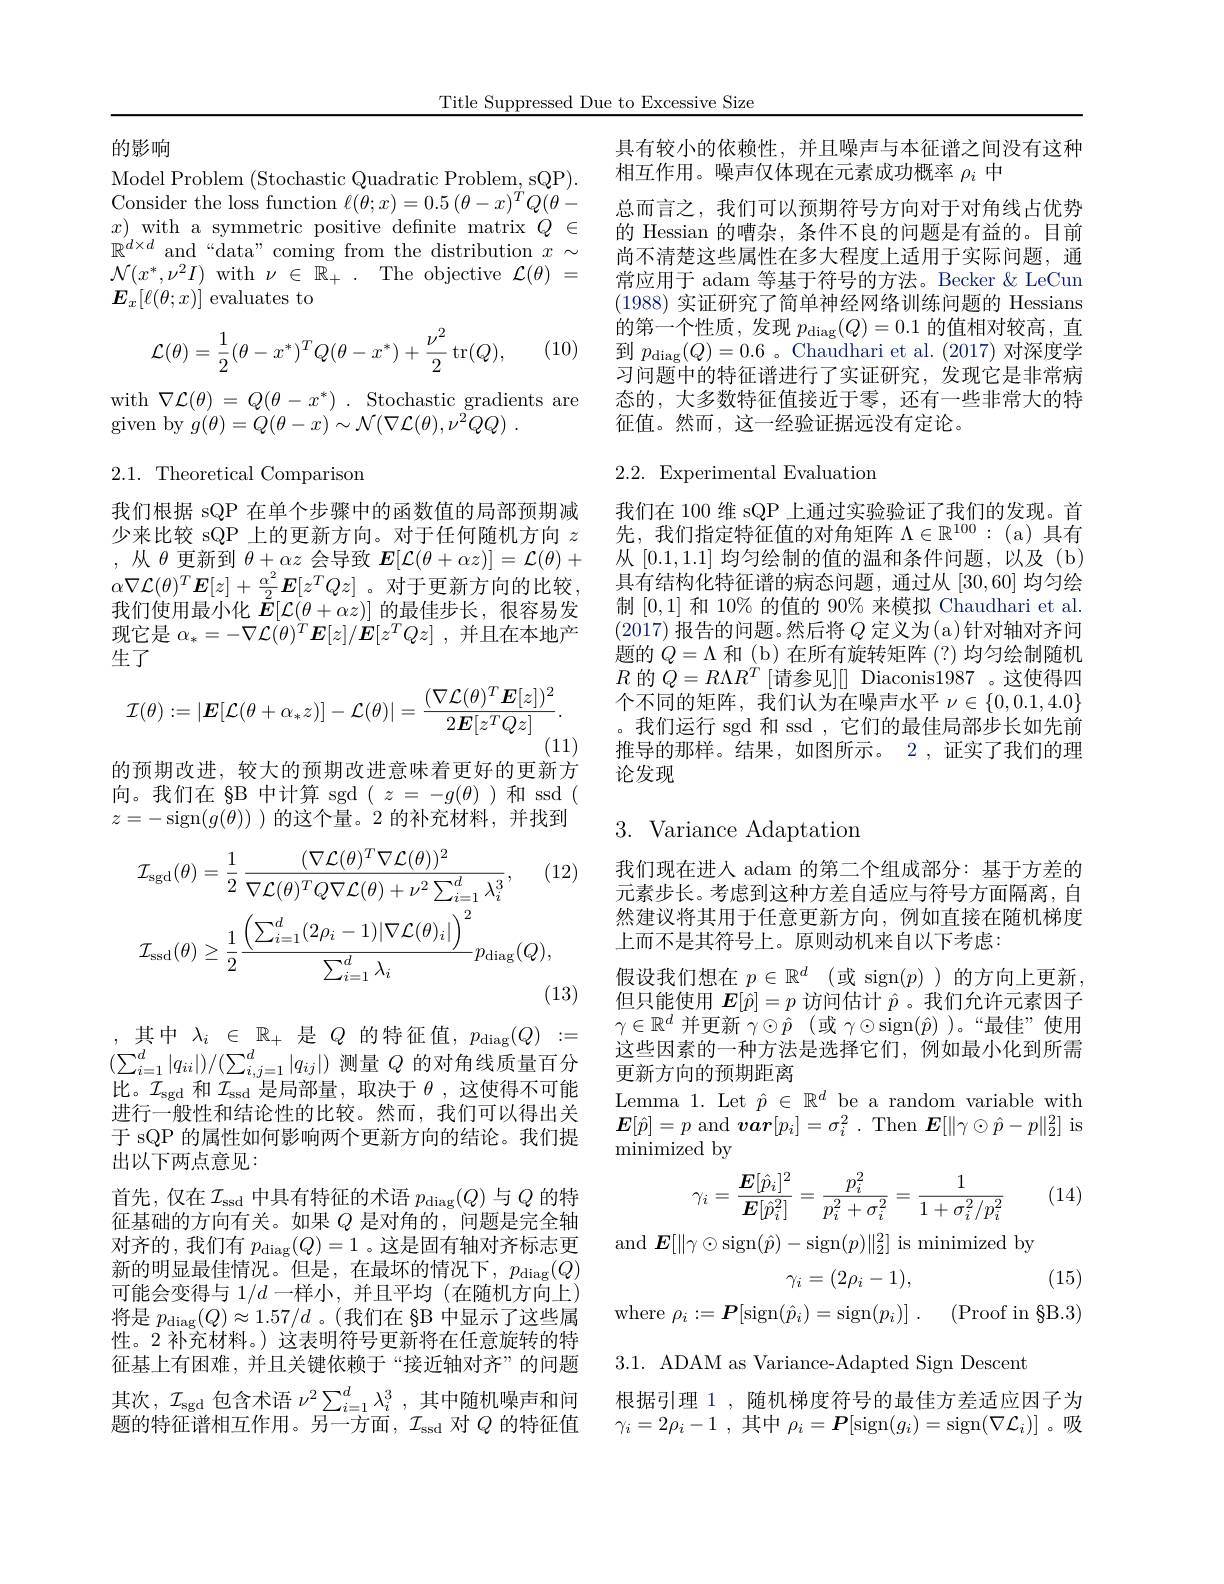
Title Suppressed Due to Excessive Size

的影响

Model Problem (Stochastic Quadratic Problem, sQP). Consider the loss function $\ell(\theta;x)=0.5\left(\theta-x\right)^{T}Q(\theta-$ $x)$ with a symmetric positive defnite matrix $Q\in$ $\mathbb{R}^{d\times d}$ and“data”coming from the distribution $x\sim$ $\mathcal{N}(x^{*},\nu^{2}I)$ with$\nu\in\mathbb{R}_+.$The objective $\mathcal{L}(\theta)=$ $E_x[\ell(\theta;x)]$ evaluates to

(10)
$$\begin{aligned}\mathcal{L}(\theta)=\frac{1}{2}(\theta-x^*)^TQ(\theta-x^*)+\frac{\nu^2}{2}\operatorname{tr}(Q),\end{aligned}$$
with$\nabla\mathcal{L}(\theta)=Q(\theta-x^{*}).$Stochastic gradients are
given by $g( \theta ) = Q( \theta - x) \sim \mathcal{N} ( \nabla \mathcal{L} ( \theta ) , \nu ^{2}QQ)$ .

2.1. Theoretical Comparison

我们根据 sQP 在单个步骤中的函数值的局部预期减少来比较 sQP 上的更新方向。对于任何随机方向$z$ ,从$\theta$更新到$\theta+\alpha z$会导致$E[\mathcal{L}(\theta+\alpha z)]=\mathcal{L}(\theta)+$ $\alpha\nabla\mathcal{L}(\theta)^T\boldsymbol{E}[z]+\frac{\alpha^2}2\boldsymbol{E}[z^TQz]$。对于更新方向的比较， 我们使用最小化$\tilde{E}[\mathcal{L}(\theta+\alpha z)]$的最佳步长，很容易发现它是$\alpha _* = - \nabla {\mathcal{L} }( \theta ) ^T\boldsymbol{E}[ z] / {\mathcal{E} }[ z^TQz]$ ,并且在本地产生了
$$\mathcal{I}(\theta):=|\boldsymbol{E}[\mathcal{L}(\theta+\alpha_*z)]-\mathcal{L}(\theta)|=\frac{(\nabla\mathcal{L}(\theta)^T\boldsymbol{E}[z])^2}{2\boldsymbol{E}[z^TQz]}.$$
(11)
的预期改进，较大的预期改进意味着更好的更新方

向。我们在 §B 中计算 sgd $(z=-g(\theta))$和 ssd ( $z=-$sign$(g(\theta))$ )的这个量。2 的补充材料，并找到
$$\begin{aligned}&\mathcal{I}_{\mathrm{sgd}}(\theta)=\frac{1}{2}\:\frac{(\nabla\mathcal{L}(\theta)^{T}\nabla\mathcal{L}(\theta))^{2}}{\nabla\mathcal{L}(\theta)^{T}Q\nabla\mathcal{L}(\theta)+\nu^{2}\sum_{i=1}^{d}\lambda_{i}^{3}},\quad(1\\&\mathcal{I}_{\mathrm{ssd}}(\theta)\geq\frac{1}{2}\frac{\left(\sum_{i=1}^{d}(2\rho_{i}-1)|\nabla\mathcal{L}(\theta)_{i}|\right)^{2}}{\sum_{i=1}^{d}\lambda_{i}}p_{\mathrm{diag}}(Q),\end{aligned}$$
,其中$\lambda_i\in\mathbb{R}_+$是$Q$的特征值$,p_\mathrm{diag}(Q):=$ $(\sum_{i=1}^{d}|q_{ii}|)/(\sum_{i,j=1}^{d}|q_{ij}|)$测量$Q$的对角线质量百分比。$\mathcal{I}_\mathrm{sgd}$和$\mathcal{I}_\mathrm{ssd}$是局部量，取决于$\theta$,这使得不可能进行一般性和结论性的比较。然而，我们可以得出关于 sQP 的属性如何影响两个更新方向的结论。我们提出以下两点意见：
首先，仅在$\mathcal I_\mathrm{ssd}$中具有特征的术语 $p_\mathrm{diag}(Q)$ 与 $Q$ 的特征基础的方向有关。如果$Q$是对角的，问题是完全轴对齐的，我们有$p_\mathrm{diag}(Q)=1$ 。这是固有轴对齐标志更新的明显最佳情况。但是，在最坏的情况下，$p_\mathrm{diag}(Q)$ 可能会变得与$1/d$一样小，并且平均(在随机方向上) 将是$p_\mathrm{diag}(Q)\approx1.57/d$ 。(我们在 §B 中显示了这些属性。2 补充材料。) 这表明符号更新将在任意旋转的特征基上有困难，并且关键依赖于“接近轴对齐”的问题其次，$\mathcal{I}_\mathrm{sgd}$包含术语$\nu^2\sum_{i=1}^d\lambda_i^3$,其中随机噪声和问题的特征谱相互作用。另一方面，$\mathcal{I}_\mathrm{ssd}$对$Q$的特征值

具有较小的依赖性，并且噪声与本征谱之间没有这种
相互作用。噪声仅体现在元素成功概率$\rho_i$中
总而言之，我们可以预期符号方向对于对角线占优势的 Hessian 的嘈杂，条件不良的问题是有益的。目前尚不清楚这些属性在多大程度上适用于实际问题，通常应用于 adam 等基于符号的方法。Becker & LeCun (1988)实证研究了简单神经网络训练问题的 Hessians 的第一个性质，发现$p_\mathrm{diag}(Q)=0.1$的值相对较高，直$\begin{array}{l}\text{到 }p_{\mathrm{diag}}(Q)=0.6&。\mathrm{Chaudhari~et~al.~(2017)~}\\\:\to-\infty\text{ tres }(\text{ tres })\text{ tres }\\\end{array}$ 习问题中的特征谱进行了实证研究，发现它是非常病态的，大多数特征值接近于零，还有一些非常大的特征值。然而，这一经验证据远没有定论。

## 2.2. Experimental Evaluation

我们在 100 维 sQP 上通过实验验证了我们的发现。首先，我们指定特征值的对角矩阵$\Lambda\in\mathbb{R}^100:($a)具有从[0.1,1.1] 均匀绘制的值的温和条件问题，以及(b) 具有结构化特征谱的病态问题，通过从[30,60]均匀绘制[0,1]和 10% 的值的 90% 来模拟 Chaudhari et al. (2017)报告的问题。然后将$Q$定义为(a)针对轴对齐问题的$Q=\Lambda$和 (b)在所有旋转矩阵 (?)均匀绘制随机$R$ 的 $Q=R\Lambda R^T[$请参见][] Diaconis1987 。这使得四个不同的矩阵，我们认为在噪声水平$\nu\in\{0,0.1,4.0\}$ 。我们运行 sgd 和 ssd ,它们的最佳局部步长如先前推导的那样。结果，如图所示。2 ,证实了我们的理论发现

3. Variance Adaptation

我们现在进入 adam 的第二个组成部分：基于方差的元素步长。考虑到这种方差自适应与符号方面隔离，自然建议将其用于任意更新方向，例如直接在随机梯度上而不是其符号上。原则动机来自以下考虑：
假设我们想在$p\in\mathbb{R}^d$ (或 sign$(p)$ )的方向上更新但只能使用$\boldsymbol{E}[\hat{p}]=p$访问估计$\hat{p}$ 。我们允许元素因子$\gamma\in\mathbb{R}^d$并更新$\gamma\odot\hat{p}$ (或$\gamma\odot$sign$(\hat{p})$ )。“最佳”使用这些因素的一种方法是选择它们，例如最小化到所需更新方向的预期距离
Lemma 1. Let $\hat{p}\in\mathbb{R}^d$ be a random variable with $\boldsymbol{E}[\hat{p}]=p$ and $\boldsymbol{var}[p_{i}]=\sigma_{i}^{2}.$ Then $\boldsymbol{E}[\|\gamma\odot\hat{p}-p\|_{2}^{2}]$ is $\operatorname*{minimized}$by
$$\gamma_i=\frac{\boldsymbol{E}[\hat{p}_i]^2}{\boldsymbol{E}[\hat{p}_i^2]}=\frac{p_i^2}{p_i^2+\sigma_i^2}=\frac{1}{1+\sigma_i^2/p_i^2}$$
(14)

and $E[\|\gamma\odot$sign$(\hat{p})-$sign$(p)\|_2^2]$ is minimized by
(15)
$$\gamma_i=(2\rho_i-1),$$
$$\rho_{i}:=\boldsymbol{P}[\mathrm{sign}(\hat{p}_{i})=\mathrm{sign}(p_{i})]\:.$$
(Proof in $\S$B.3)

3.1. ADAM as Variance-Adapted Sign Descent
根据引理 1 ,随机梯度符号的最佳方差适应因子为$\gamma _{i}= 2\rho _{i}- 1$ ,其中$\rho_i=\boldsymbol{P}[$sign$(g_i)=$sign$(\nabla\mathcal{L}_i)]$。吸